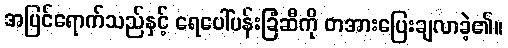
အပြင်ရောက်သည်နှင့် ရေပေါ်ပန်းခြံဆီကို တအားပြေးချလာခဲ့၏။